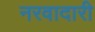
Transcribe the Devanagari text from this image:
नरवादारी